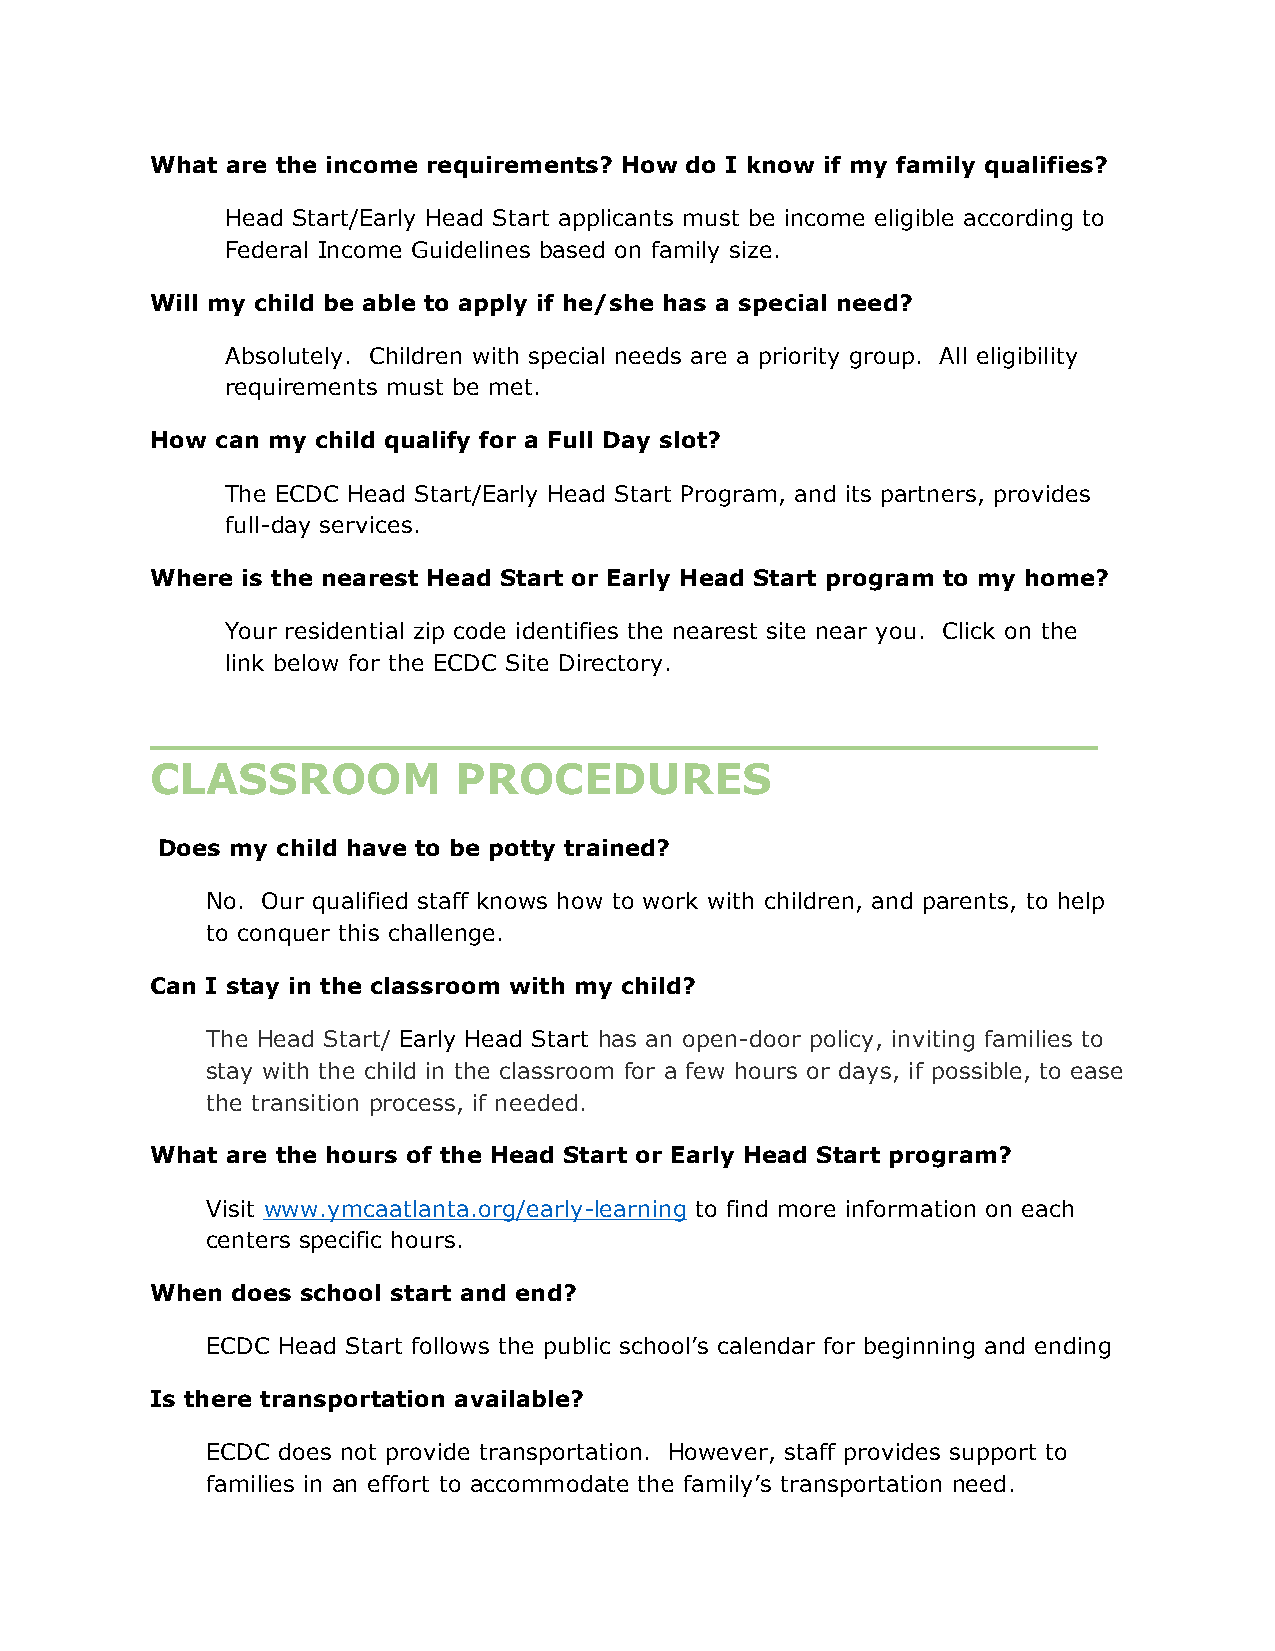
What are the income requirements? How do I know if my family qualifies?
 Head Start/Early Head Start applicants must be income eligible according to
 Federal Income Guidelines based on family size.
 Will my child be able to apply if he/she has a special need?
 Absolutely. Children with special needs are a priority group. All eligibility
 requirements must be met.
 How can my child qualify for a Full Day slot?
 The ECDC Head Start/Early Head Start Program, and its partners, provides
 full-day services.
 Where is the nearest Head Start or Early Head Start program to my home?
 Your residential zip code identifies the nearest site near you. Click on the
 link below for the ECDC Site Directory.
 ________________________________
 CLASSROOM           PROCEDURES
 Does my child have to be potty trained?
 No. Our qualified staff knows how to work with children, and parents, to help
 to conquer this challenge.
 Can I stay in the classroom with my child?
 The Head Start/ Early Head Start has an open-door policy, inviting families to
 stay with the child in the classroom for a few hours or days, if possible, to ease
 the transition process, if needed.
 What are the hours of the Head Start or Early Head Start program?
 Visit www.ymcaatlanta.org/early-learning to find more information on each
 centers specific hours.
 When does school start and end?
 ECDC Head Start follows the public school’s calendar for beginning and ending
 Is there transportation available?
 ECDC does not provide transportation. However, staff provides support to
 families in an effort to accommodate the family’s transportation need.